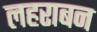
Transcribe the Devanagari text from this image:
लहराबन